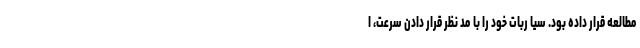
مطالعه قرار داده بود. سیا ربات خود را با مد نظر قرار دادن سرعت، ا